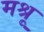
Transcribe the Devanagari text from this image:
मश्रू